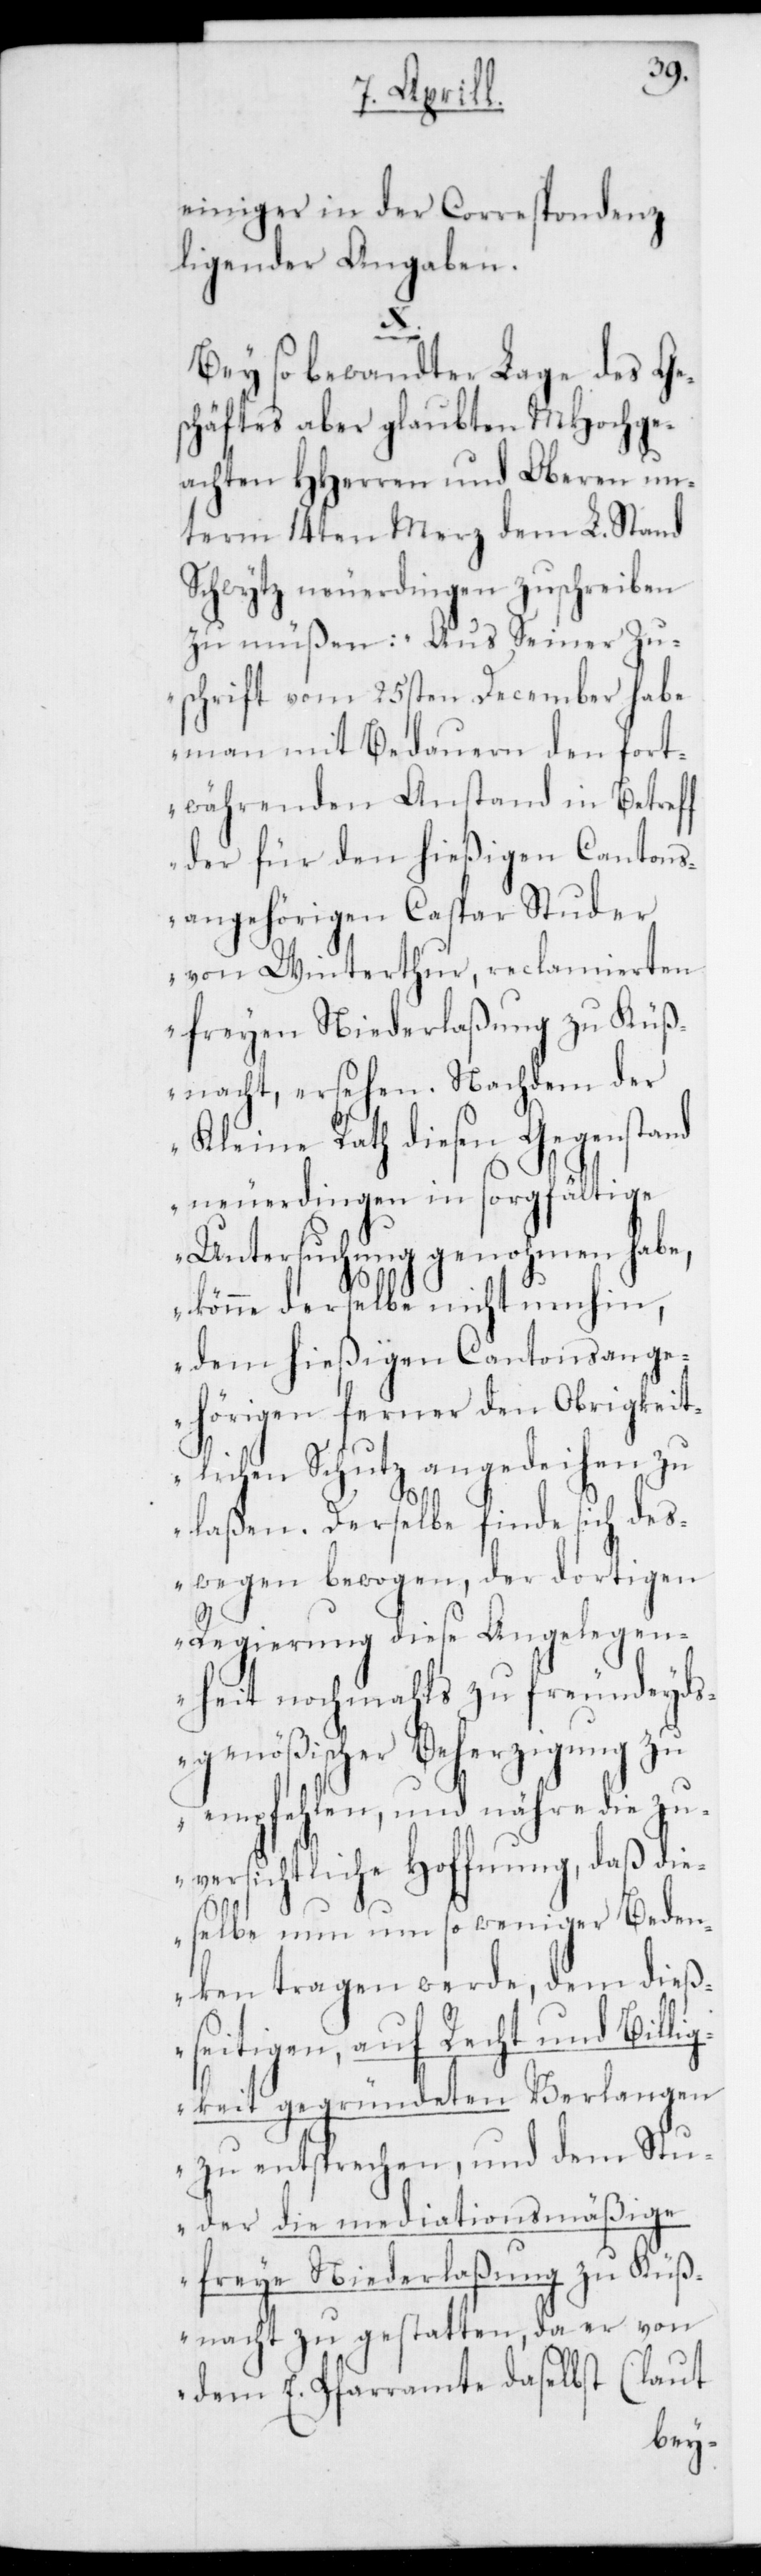
einiger in der Correspondenz
ligender Angaben.
Bey so bewandter Lage des Ge¬
schäftes aber glaubten MHochge¬
achten HHerren und Oberen un¬
term 14ten Merz dem L. Stand
Schwytz neuerdingen zuschreiben
zu müßen: „Aus Seiner Zu¬
schrift vom 25sten December habe
man mit Bedauern den fort¬
währenden Anstand in Betref¬
f der für den hießigen Cantons¬
angehörigen Caspar Studer
von Winterthur, reclamierten
freyen Niederlaßung zu Küß¬
nacht, ersehen. Nachdem der
Kleine Rath diesen Gegenstand
neuerdingen in sorgfältige
Untersuchung genohmen habe,
könne derselbe nicht umhin,
dem hießigen Cantonsange¬
hörigen ferner den obrigkeit¬
lichen Schutz angedeihen zu
laßen. Derselbe finde sich des¬
wegen bewogen, der dortigen
Regierung diese Angelegen¬
heit nochmahls zu freundeyds¬
genößischer Beherzigung zu
empfehlen, und nähre die zu¬
versichtliche Hoffnung, daß die¬
selbe nun umso weniger Beden¬
ken tragen werde, dem dieß¬
eitigen, auf Recht und Billi¬
gkeit gegründeten Verlangen
zu entsprechen, und dem Stu¬
der die mediationsmäßige
freye Niederlaßung zu Küß¬
nacht zu gestatten, da er von
dem E. Pfarramte daselbst (laut